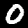
Digit: 0